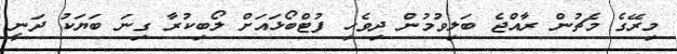
މިރޭގެ މެޗުން ރާއްޖެ ބަލިވުމުން ދިވެހި ފުޓްބޯޅައަށް ލޯބިކުރާ ގިނަ ބަޔަކު ދަނީ